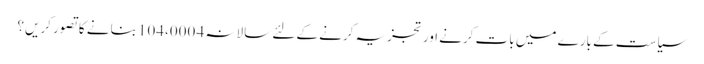
سیاست کے بارے میں بات کرنے اور تجزیہ کرنے کے لئے سالانہ 4 104،000 بنانے کا تصور کریں؟